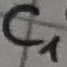
Text: C1